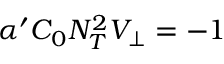
\alpha ^ { \prime } { \cal C } _ { 0 } { \cal N } _ { T } ^ { 2 } V _ { \bot } = - 1